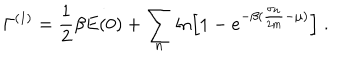
\Gamma ^ { ( 1 ) } = \frac { 1 } { 2 } \beta E ( 0 ) + \sum _ { n } \ln \left[ 1 - e ^ { - \beta ( \frac { \sigma _ { n } } { 2 m } - \mu ) } \right] \; .